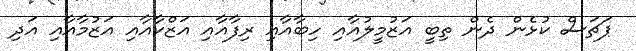
ޕަޗަސް ކުޅެން ދެން ތިބީ އަޒުމީލުއާއި ހިބާއާއި ރިފާއާއި އަޒްކާއާއި އަޒުމާއާއި އަދި